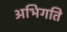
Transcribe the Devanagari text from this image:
अभिगति